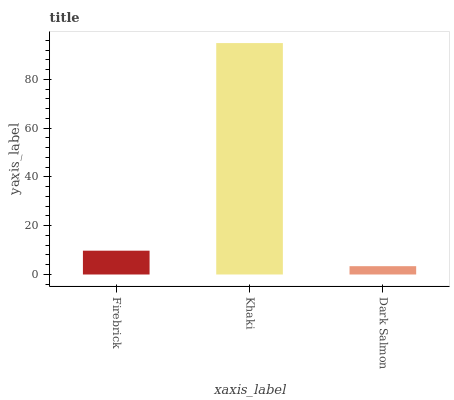
| xaxis_label | bars |
 | --- | --- |
 | Firebrick | 9.76 |
 | Khaki | 94.9 |
 | Dark Salmon | 3.41 |